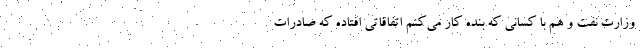
وزارت نفت و هم با کسانی که بنده کار می‌کنم اتفاقاتی افتاده که صادرات